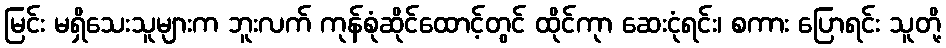
မြင်း မရှိသေးသူများက ဘူးလက် ကုန်စုံဆိုင်ထောင့်တွင် ထိုင်ကုာ ဆေးငုံရင်း၊ စကား ပြောရင်း သူတို့